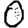
Digit: 0